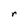
Character: r